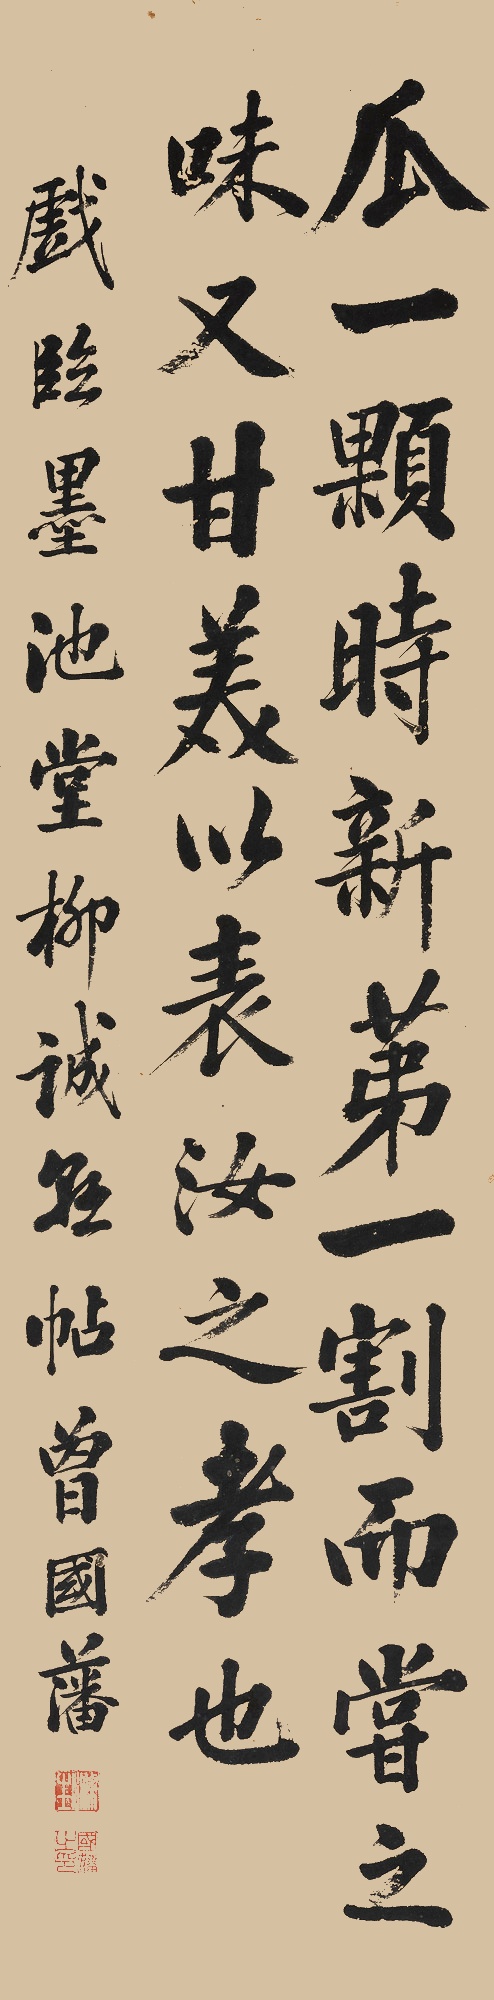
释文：瓜一颗，时新，第一割而尝之，味又甘美，以表汝之孝也。戏临墨池堂柳诚悬帖。曾国藩。